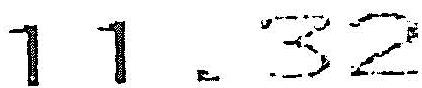
11.32